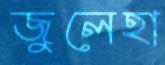
জুলেহা